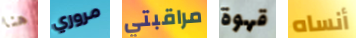
هنا مروري مراقبتي قهوة أنساه